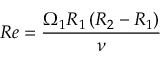
R e = \frac { \Omega _ { 1 } R _ { 1 } \left( R _ { 2 } - R _ { 1 } \right) } { \nu }